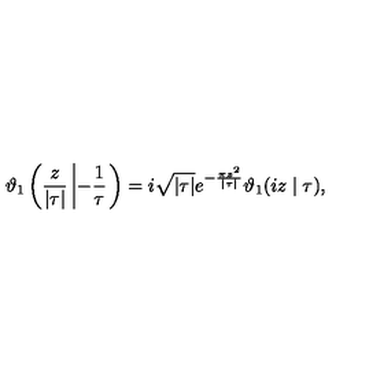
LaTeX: \vartheta _ { 1 } \left( \frac { z } { | \tau | } \left| - \frac { 1 } { \tau } \right. \right) = i \sqrt { | \tau | } e ^ { - \frac { \pi z ^ { 2 } } { | \tau | } } \vartheta _ { 1 } ( i z \mid \tau ) ,